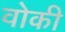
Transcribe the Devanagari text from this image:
वोकी